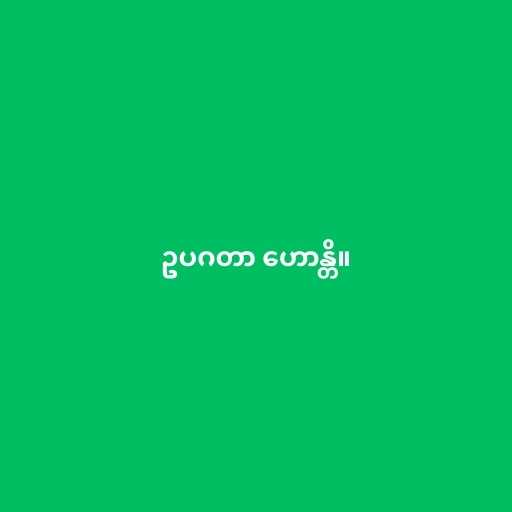
ဥပဂတာ ဟောန္တိ။